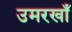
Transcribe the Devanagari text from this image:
उमरखाँ